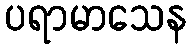
ပရာမာသေန